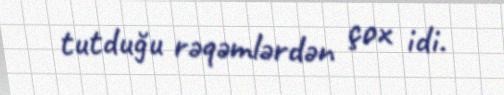
tutduğu rəqəmlərdən çox idi.